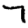
Digit: 7